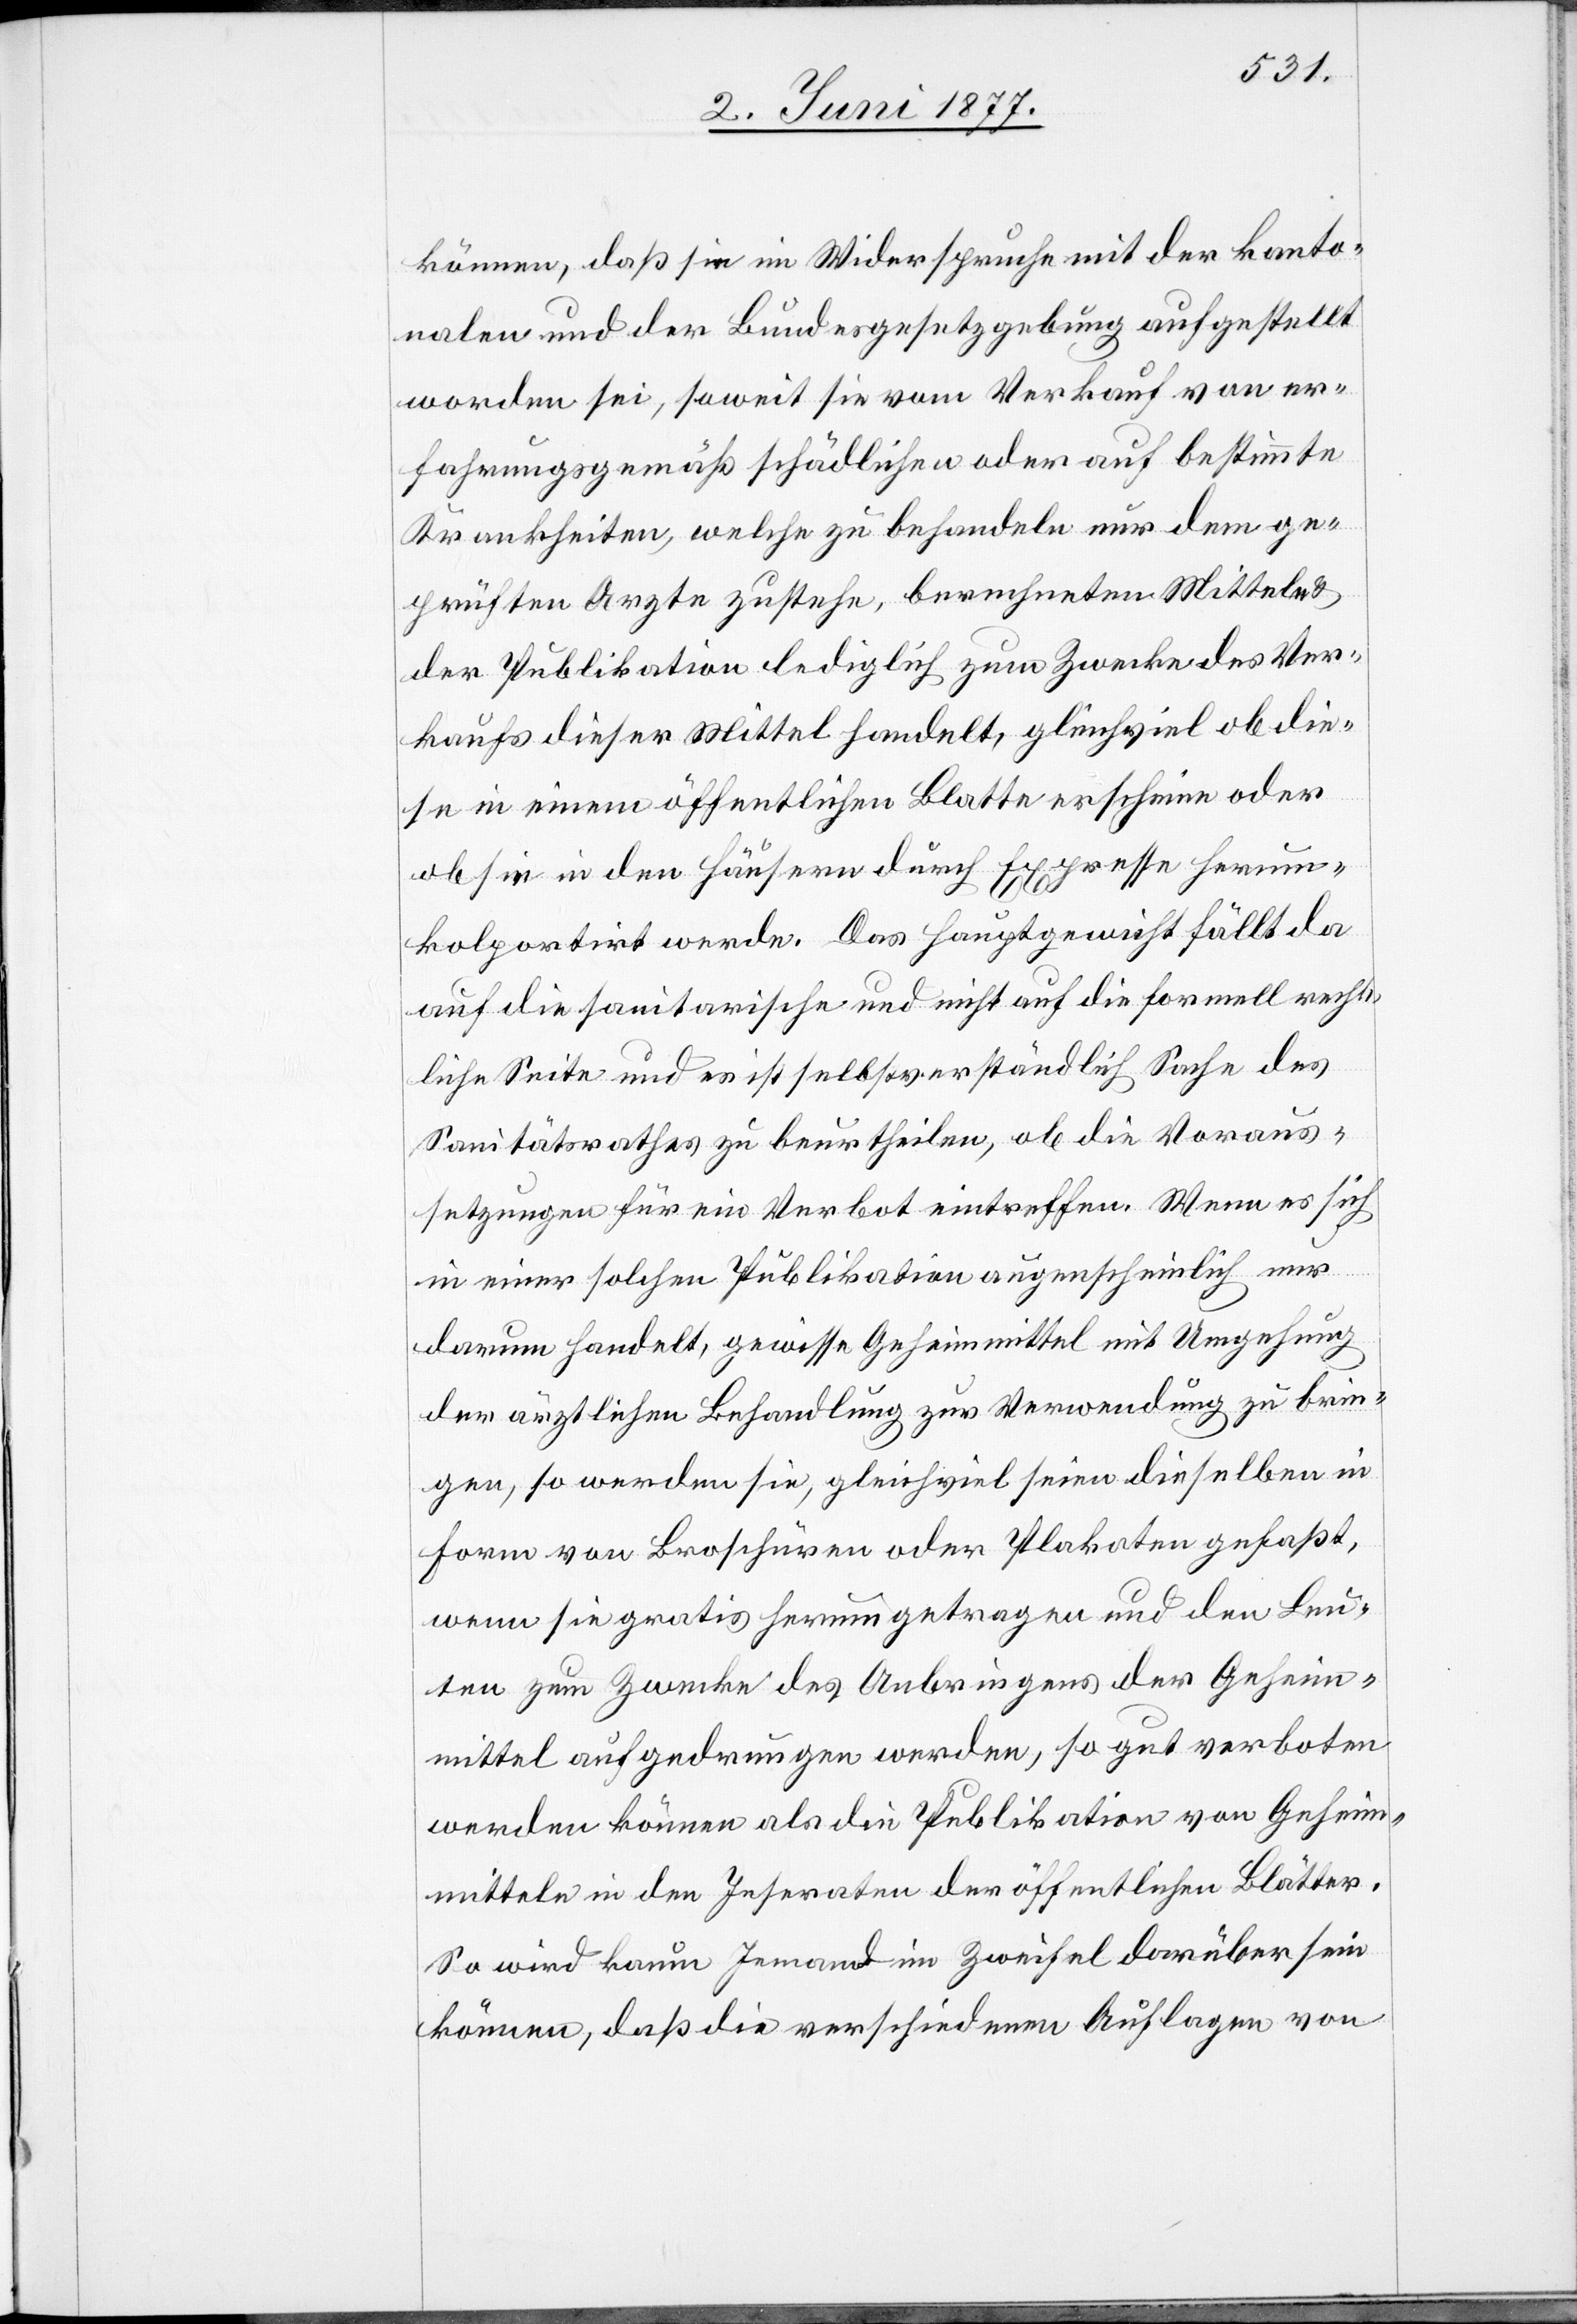
können, daß sie im Widerspruche mit der kanto¬
nalen und der Bundesgesetzgebung aufgestellt
worden sei, soweit sie vom Verkauf von er¬
fahrungsgemäß schädlichen oder auf bestimmte
Krankheiten, welche zu behandeln nur dem ge¬
prüften Arzte zustehe, berechneten Mitteln &
der Publikation lediglich zum Zwecke des Ver¬
kaufs dieser Mittel handelt, gleichviel ob die¬
se in einem öffentlichen Blatte erscheine oder
ob sie in den Häusern zur Expresse herum¬
kolportirt werde. Das Hauptgewicht fällt da
auf die sanitarische und nicht auf die formell recht¬
liche Seite und es ist selbstverständlich Sache des
Sanitätsrathes zu beurtheilen, ob die Voraus¬
setzungen für ein Verbot eintreffen. Wenn es sich
in einer solchen Publikation augenscheinlich nur
darum handelt, gewisse Geheimmittel mit Umgehung
der ärztlichen Behandlung zur Verwendung zu brin¬
gen, so werden sie, gleichviel seien dieselben in
Form von Broschüren oder Plakaten gefaßt,
wenn sie gratis herumgetragen und den Leu¬
ten zum Zwecke des Anbringens der Geheim¬
mittel aufgedrungen werden, so gut verboten
werden können als die Publikation von Geheim¬
mitteln in den Inseraten der öffentlichen Blätter.
So wird kaum Jemand im Zweifel darüber sein
können, daß die verschiedenen Auflagen von